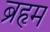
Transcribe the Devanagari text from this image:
ब्रहृम